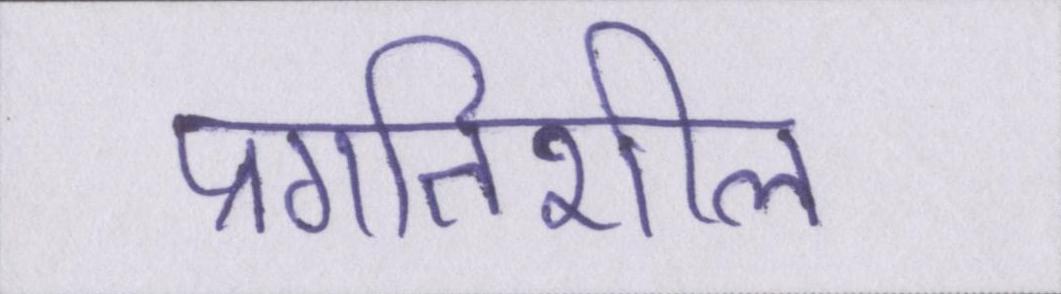
प्रगतिशील